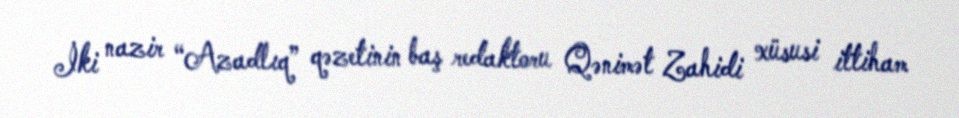
İki nazir “Azadlıq” qəzetinin baş redaktoru Qənimət Zahidi xüsusi ittiham